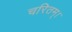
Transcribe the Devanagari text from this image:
चरितम्।